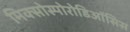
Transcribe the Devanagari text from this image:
मिक्सोस्पोरोडिऑसिस